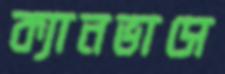
ক্যানভাসে